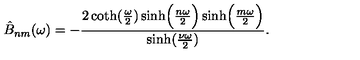
\hat { B } _ { n m } ( \omega ) = - { \frac { 2 \coth ( { \frac { \omega } { 2 } } ) \sinh \Bigl ( { \frac { n \omega } { 2 } } \Bigr ) \sinh \Bigl ( { \frac { m \omega } { 2 } } \Bigr ) } { \sinh ( { \frac { \nu \omega } { 2 } } ) } } .